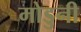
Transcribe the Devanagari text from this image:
मोडुनी